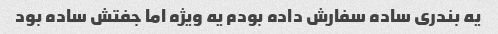
یه بندری ساده سفارش داده بودم یه ویژه اما جفتش ساده بود